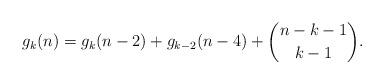
LaTeX: \begin{align*}g_k(n) = g_{k}(n-2) + g_{k-2}(n-4) + \binom{n-k-1}{k-1}.\end{align*}